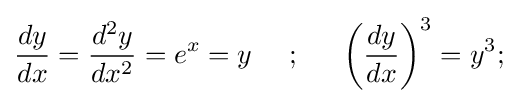
{\frac {dy}{dx}}={\frac {d^{2}y}{dx^{2}}}=e^{x}=y{\mbox{ }}{\mbox{ }}{\mbox{ }}{\mbox{ }};{\mbox{ }}{\mbox{ }}{\mbox{ }}{\mbox{ }}\left({\frac {dy}{dx}}\right)^{3}=y^{3};